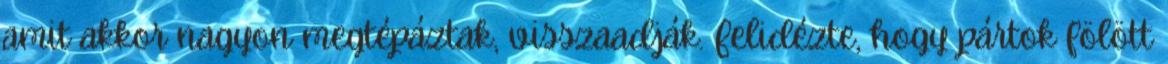
amit akkor nagyon megtépáztak, visszaadják. Felidézte, hogy pártok fölött